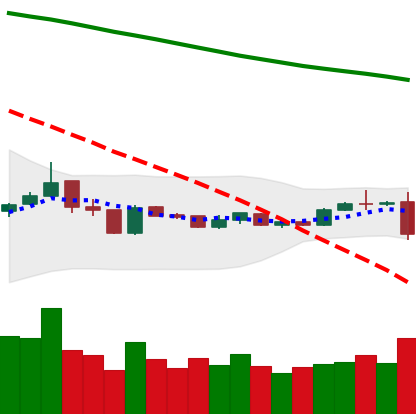
Ticker: XLM-USD
Chart end date: 2019-01-10
Forward return: -3.817%
Label: down_3_5